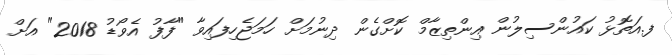
ފ.އަތޮޅު ކައުންސިލުން އިންތިޒާމް ކޮށްގެން ދިނުމަށް ހަމަޖެހިފައިވާ "ފާފު އެވޯޑު 2018" އަށް